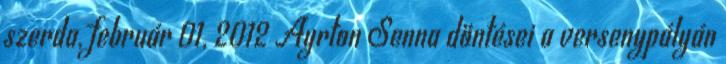
szerda, február 01, 2012 Ayrton Senna döntései a versenypályán